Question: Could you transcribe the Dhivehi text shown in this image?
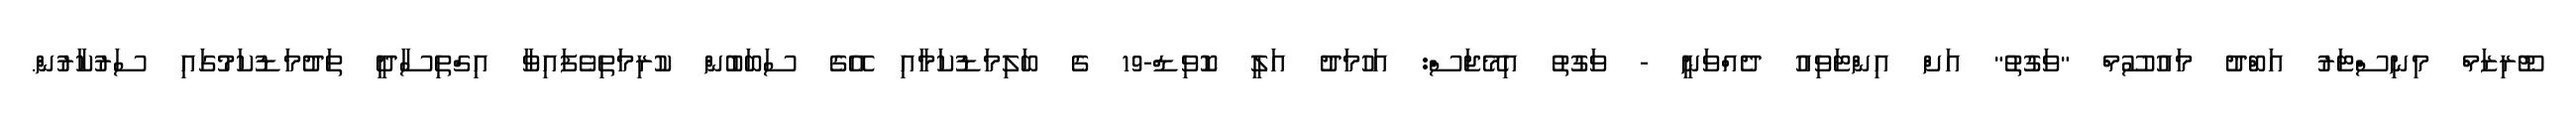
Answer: ޓޫރިޒަމް މިނިސްޓަރު އަބްދު މައުސޫމް "ވަގުތު" އަށް އިންޓަވިއު ދެއްވަނީ - ވަގުތު އިމޭޖަސް: އަހުމަދު އަލީ ކޮވިޑް-19 ގެ ބަލިމަޑުކަމާއި އޭގެ ސަބަބުން ކުރިމަތިވެފައިވާ އިގްތިސާދީ ތަދުމަޑުކަމުގައި ސަރުކާރުން.